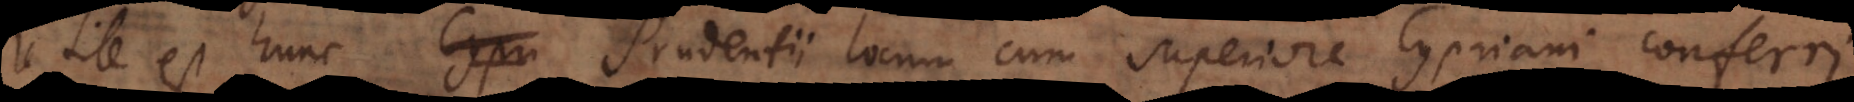
Utile est hunc Prudentii locum cum superiore Cypriani conferri